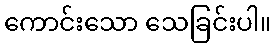
ကောင်းသော သေခြင်းပါ။